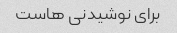
برای نوشیدنی هاست